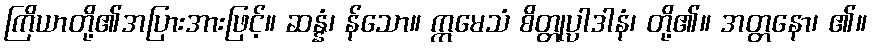
ကြိယာတို့၏အပြားအားဖြင့်။ ဆန္နံ၊ န်သော။ ဣမေသံ စိတ္တုပ္ပါဒါနံ၊ တို့၏။ အတ္တနော၊ ၏။